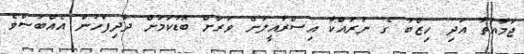
ޖަމާއަތާ އަދި ހިޒްބު ގެ ނުރައްކާ އިސްރާއީލަށް ވަރަށް ބޮޑުކަމަށް ދާދިފަހުން އެއްބަސްވެ